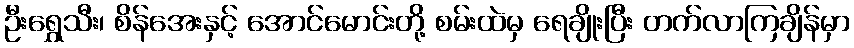
ဦးရွှေသီး၊ စိန်အေးနှင့် အောင်မောင်းတို့ စမ်းထဲမှ ရေချိုးပြီး တက်လာကြချိန်မှာ